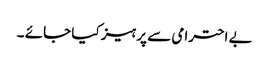
بے احترامی سے پرہیز کیا جائے ۔